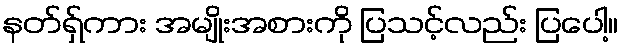
နတ်ရှ်ကား အမျိုးအစားကို ပြသင့်လည်း ပြပေါ့။